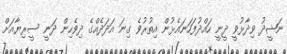
ނަޝީދު ވިދާޅުވީ ދީނީ ހައްދުފަހަނައެޅުން އިތުރުވެ ގިނަ އަދަދެއްގެ ދިވެހިން ދަނީ ސީރިޔާއަށް